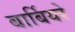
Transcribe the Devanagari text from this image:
बार्बियरे